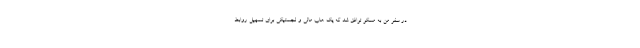
در سفر من به مسکو توافق شد که یک هاب مالی و لجستیکی برای تسهیل روابط